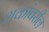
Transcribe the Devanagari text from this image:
शकांवरील